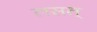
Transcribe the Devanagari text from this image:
लसत्